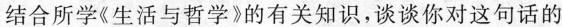
结合所学《生活与哲学》的有关知识，谈谈你对这句话的